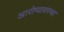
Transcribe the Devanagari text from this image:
आरोग्यावस्था